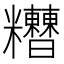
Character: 𥽾